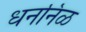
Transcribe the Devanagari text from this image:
धननिळ